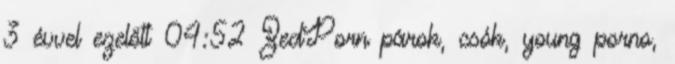
3 évvel ezelőtt 04:52 ZedPorn párok, csók, young porno,